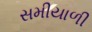
સમીયાળી